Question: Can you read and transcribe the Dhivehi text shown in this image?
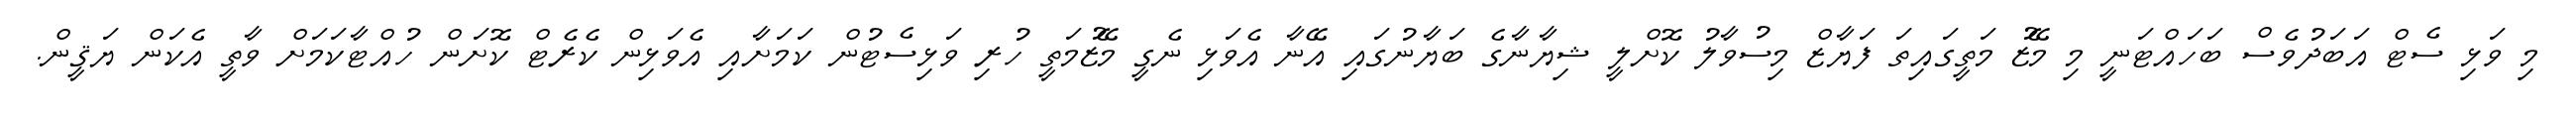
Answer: މި ވަޅި ސެޓް އަބަދުވެސް ބަހައްޓަނީ މި މޭޒު މަތީގައިތަ ފަޔާޒް މިސުވާލު ކޮށްލީ ޝިޔާނާގެ ބަޔާނުގައި އޭނާ އެވަޅި ނެގީ މޭޒުމަތީ ހުރި ވަޅިސެޓުން ކަމަށާއި އެވަޅިން ކެރެޓް ކޮށަން ހުއްޓާކަމަށް ވާތީ އެކަން ޔަޤީން.